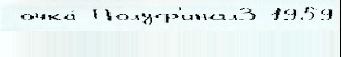
 очка́ Полуф'инал3 1959